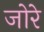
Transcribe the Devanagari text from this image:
जोरे